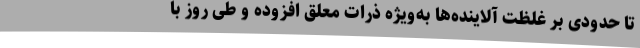
تا حدودی بر غلظت آلاینده‌ها به‌ویژه ذرات معلق افزوده و طی روز با